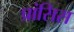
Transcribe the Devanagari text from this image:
प्रांसिस